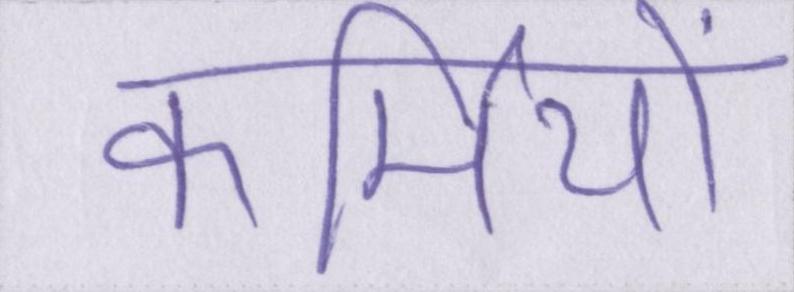
कर्मियों